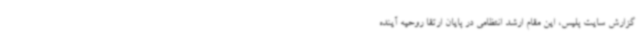
گزارش سایت پلیس، این مقام ارشد انتظامی در پایان ارتقا روحیه آینده